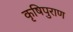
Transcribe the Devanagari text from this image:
कृषिपुराण